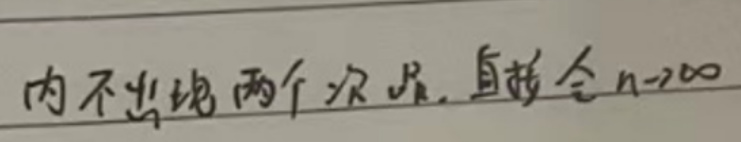
内不出现两个次品, 直接令 $n\rightarrow\infty$